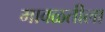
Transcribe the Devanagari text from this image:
मावळतीला